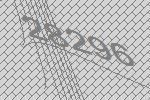
28296